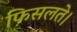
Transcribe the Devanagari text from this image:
फिसलते।